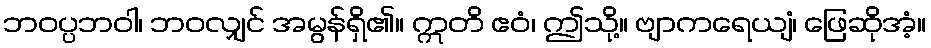
ဘဝပ္ပဘဝါ၊ ဘဝလျှင် အမွန်ရှိ၏။ ဣတိ ဧဝံ၊ ဤသို့။ ဗျာကရေယျံ၊ ဖြေဆိုအံ့။